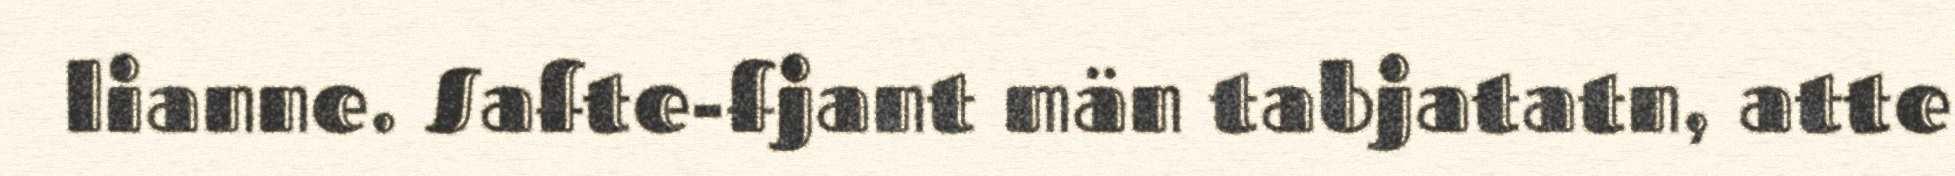
lianne. Safte-fjant män tabjatatn, atte